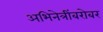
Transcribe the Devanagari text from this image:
अभिनेत्रींबरोबर